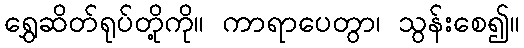
ရွှေဆိတ်ရုပ်တို့ကို။ ကာရာပေတွာ၊ သွန်းစေ၍။